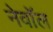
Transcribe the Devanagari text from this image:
नेवॉल